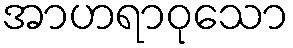
အာဟရာဝုသော